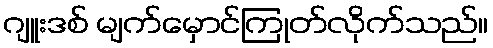
ဂျူးဒစ် မျက်မှောင်ကြုတ်လိုက်သည်။